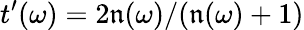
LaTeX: t^{\prime}(\omega)=2\mathfrak{n}(\omega)/(\mathfrak{n}(\omega)+1)